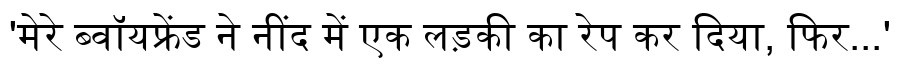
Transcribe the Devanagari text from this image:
'मेरे ब्वॉयफ्रेंड ने नींद में एक लड़की का रेप कर दिया, फिर...'